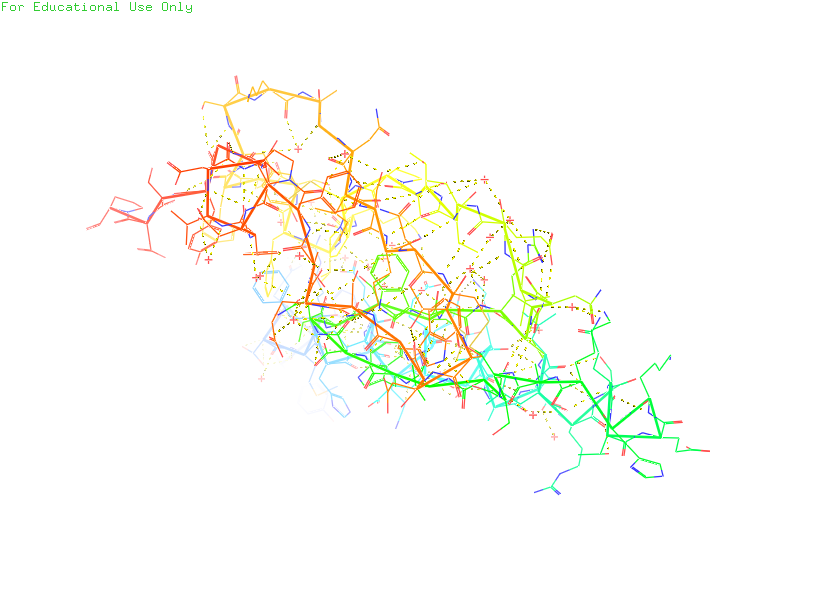
pymol, preset, technical